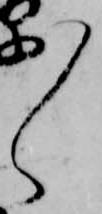
々